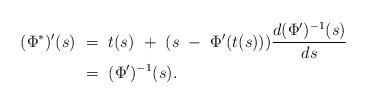
LaTeX: \begin{align*}(\Phi^{*})'(s)&\ =\ t(s)\ +\ (s\ -\ \Phi'(t(s)))\frac{d(\Phi')^{-1}(s)}{ds} \\&\ =\ (\Phi')^{-1}(s).\\\end{align*}